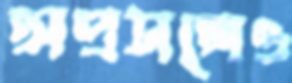
অপ্রসঙ্গেও